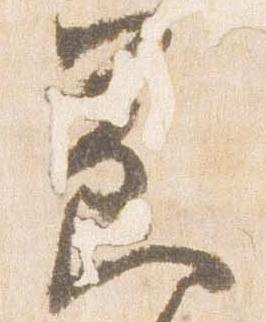
節